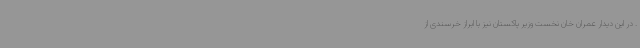
. در این دیدار عمران خان نخست وزیر پاکستان نیز با ابراز خرسندی از